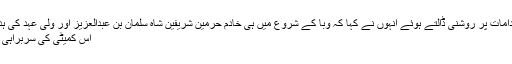
کورونا وائرس سے نمٹنے کے لیے سعودی اقدامات پر روشنی ڈالتے ہوئے انہوں نے کہا کہ وبا کے شروع میں ہی خادم حرمین شریفین شاہ سلمان بن عبدالعزیز اور ولی عہد کی ہدایات کی روشنی میں ایک کمیٹی قائم کی گئی.
اس کمیٹی کی سربراہی وزیر صحت ڈاکٹر توفیق الربیعہ کر رہے ہیں۔